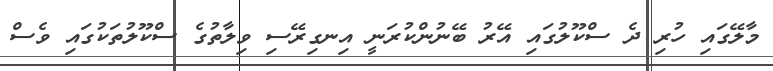
މާލޭގައި ހުރި ދެ ސްކޫލުގައި އޭރު ބޭނުންކުރަނީ އިނގިރޭސި ވިލާތުގެ ސްކޫލުތަކުގައި ވެސް